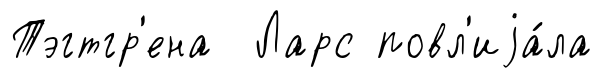
Тэгтгр'ена Ларс повл'иjа́ла